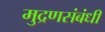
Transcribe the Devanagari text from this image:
मुद्रणसंबंधी